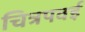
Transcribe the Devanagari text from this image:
चित्रपवई